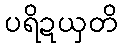
ပရိဍယှတိ